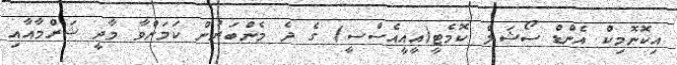
އިކޮނޮމިކް އެންޑް ސޯޝަލް ކޮމެޓީ(އީއީއެސްސީ) ގެ ދެ މެންބަރުން ކަމަށްވާ މާދީ ޝަރްމާއާއި